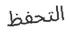
التحفظ